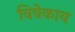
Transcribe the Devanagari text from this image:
विवेकाय